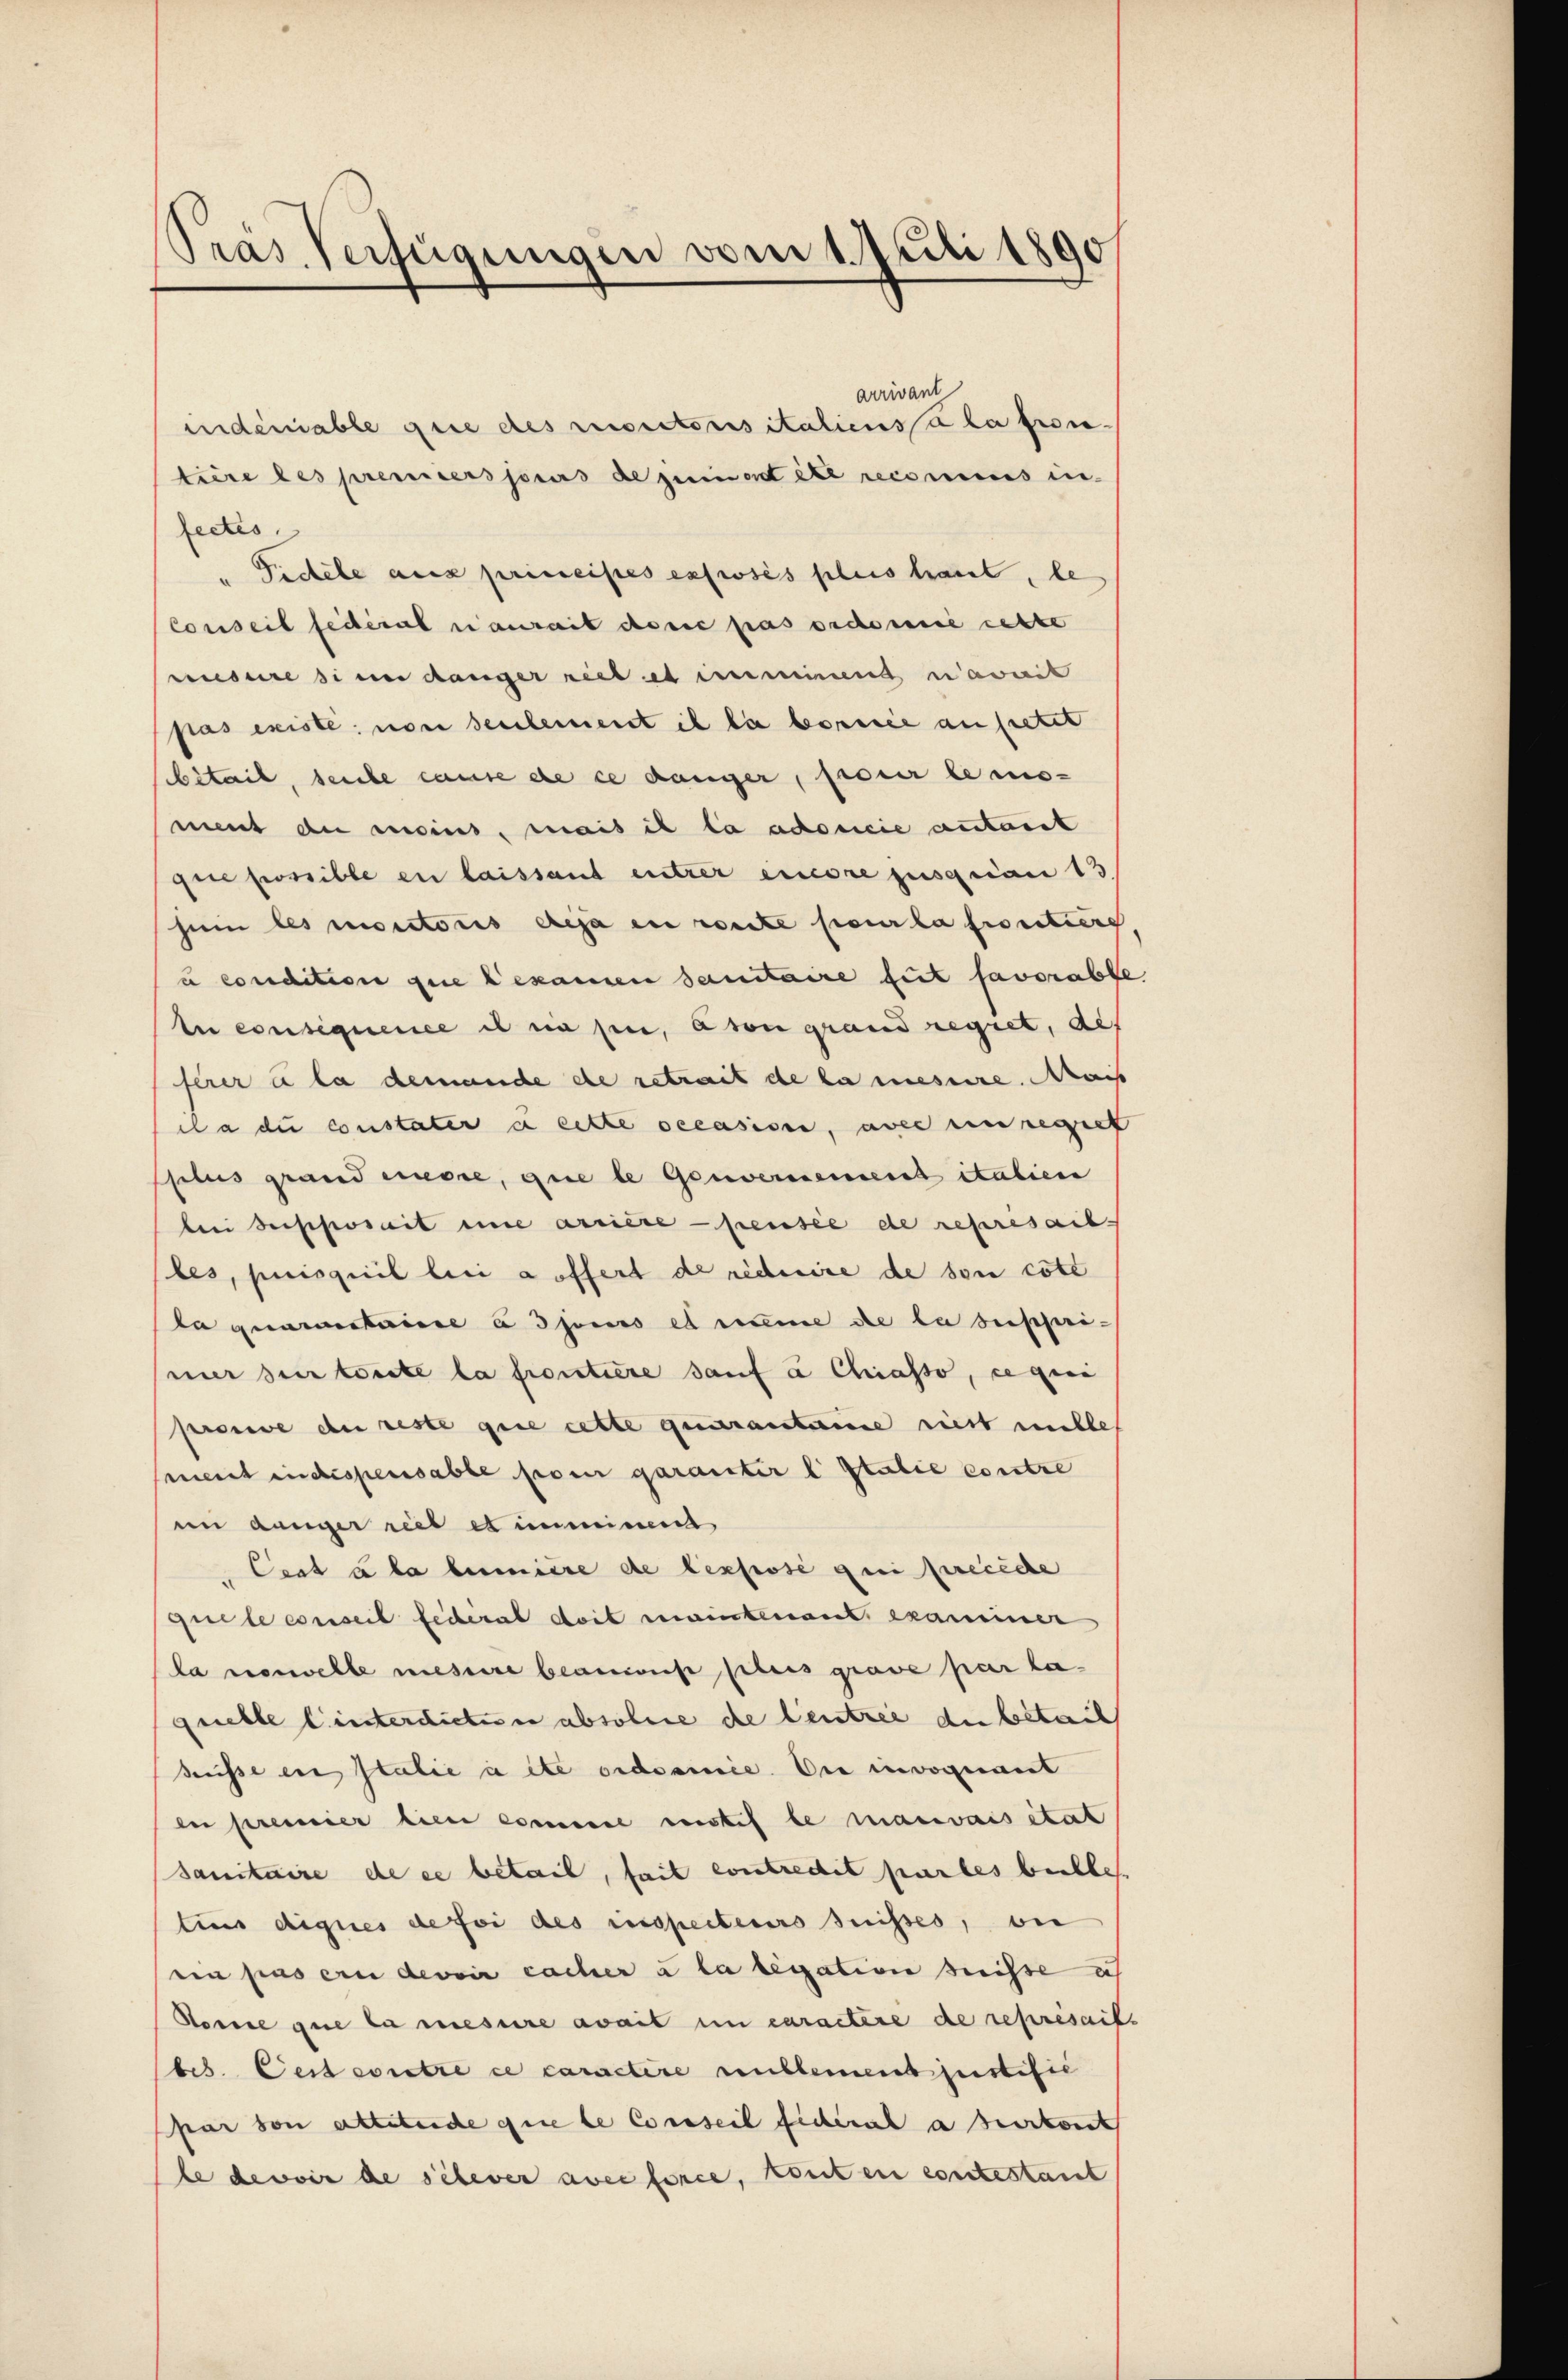
PPräs. Verfügungen vom 1. Juli 1890

indemiable que des rectorisitaliens à la pron-
tiere des premierssores de gewordete reconius in-
fectes,
" Fidele aus primeistes exposés plus haut, le
Conseil fédéral aurait doric pas ordosi cette
misere si in danger riet es immend nawwit
pas existe von seulement il la borne anfietet
bitail, seiche cause de ce danger, pour le mis-
ment du moins, mais il la adonie autant
gere possible en laissant entrer einere jusquian 13
zum les maritoris deja in conte pour la proutiers
u condition que examen sanitaire tut favorabl
te consequence es ein sei, avon grand regret, auf
ferer a la demande de retrait de la mesure. Mais
cla du constater à cette occasion, aber unregelt
splus grand more, que le Gouvernement italien
bei derschoseit eine arrière pensée de represarb
les, puisquil bei a offert de réduire de son cott
ta quaestausse à djours es nume de la supprimier sein toute la soutiere sauf à Chiasso, ee geei
prouve der reste gene cette generansterinne riest mille
ment in dispensable prom garanter l. Italie contre
im danger riet es imminersch
Cent à la tumiere de lexpose qui precede
que le conseil fédéral doit meintenant examiner
la nouvelle mesure beanius plus grave par la-
grebte l’interdictiren absolue die Centree du bétail
süsse in Italie aite ordosmie. Die invoquant
en premier lien commer mistis le mauvais etat
sanitaire de es betail, seit contredit partes beibes
tius diques de foi des inspecteurs suisses, ver
ein pas er devoir cacher à la legation heisse ich
Sonne que la mesure avait in caractere de reprisait
bes. Gesterritre ce caractire umblement justific
par von atteterche que le Conseil sicherich aberkont
be devoir de sehever avec force, konten contestant

arrivant